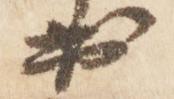
出